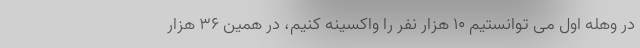
در وهله اول می توانستیم ۱۰ هزار نفر را واکسینه کنیم، در همین ۳۶ هزار